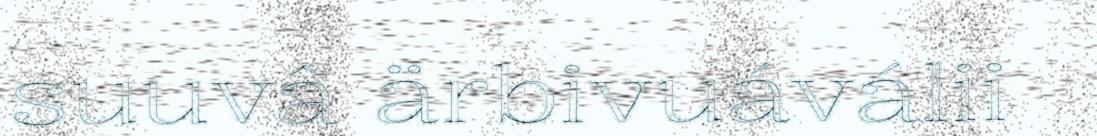
suuvâ ärbivuáválii